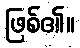
ဖြစ်၏။